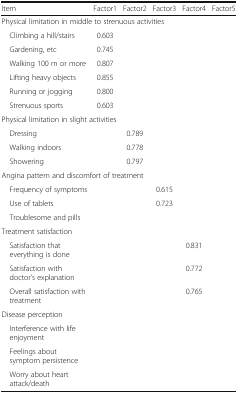
<table><thead><tr><td><b>Item</b></td><td><b>Factor1</b></td><td><b>Factor2</b></td><td><b>Factor3</b></td><td><b>Factor4</b></td><td><b>Factor5</b></td></tr></thead><tbody><tr><td colspan="6">Physical limitation in middle to strenuous activities</td></tr><tr><td> Climbing a hill/stairs</td><td>0.603</td><td>[EMPTY_CELL]</td><td>[EMPTY_CELL]</td><td>[EMPTY_CELL]</td><td>[EMPTY_CELL]</td></tr><tr><td> Gardening, etc</td><td>0.745</td><td>[EMPTY_CELL]</td><td>[EMPTY_CELL]</td><td>[EMPTY_CELL]</td><td>[EMPTY_CELL]</td></tr><tr><td> Walking 100 m or more</td><td>0.807</td><td>[EMPTY_CELL]</td><td>[EMPTY_CELL]</td><td>[EMPTY_CELL]</td><td>[EMPTY_CELL]</td></tr><tr><td> Lifting heavy objects</td><td>0.855</td><td>[EMPTY_CELL]</td><td>[EMPTY_CELL]</td><td>[EMPTY_CELL]</td><td>[EMPTY_CELL]</td></tr><tr><td> Running or jogging</td><td>0.800</td><td>[EMPTY_CELL]</td><td>[EMPTY_CELL]</td><td>[EMPTY_CELL]</td><td>[EMPTY_CELL]</td></tr><tr><td> Strenuous sports</td><td>0.603</td><td>[EMPTY_CELL]</td><td>[EMPTY_CELL]</td><td>[EMPTY_CELL]</td><td>[EMPTY_CELL]</td></tr><tr><td colspan="6">Physical limitation in slight activities</td></tr><tr><td> Dressing</td><td>[EMPTY_CELL]</td><td>0.789</td><td>[EMPTY_CELL]</td><td>[EMPTY_CELL]</td><td>[EMPTY_CELL]</td></tr><tr><td> Walking indoors</td><td>[EMPTY_CELL]</td><td>0.778</td><td>[EMPTY_CELL]</td><td>[EMPTY_CELL]</td><td>[EMPTY_CELL]</td></tr><tr><td> Showering</td><td>[EMPTY_CELL]</td><td>0.797</td><td>[EMPTY_CELL]</td><td>[EMPTY_CELL]</td><td>[EMPTY_CELL]</td></tr><tr><td colspan="6">Angina pattern and discomfort of treatment</td></tr><tr><td> Frequency of symptoms</td><td>[EMPTY_CELL]</td><td>[EMPTY_CELL]</td><td>0.615</td><td>[EMPTY_CELL]</td><td>[EMPTY_CELL]</td></tr><tr><td> Use of tablets</td><td>[EMPTY_CELL]</td><td>[EMPTY_CELL]</td><td>0.723</td><td>[EMPTY_CELL]</td><td>[EMPTY_CELL]</td></tr><tr><td> Troublesome and pills</td><td>[EMPTY_CELL]</td><td>[EMPTY_CELL]</td><td>[EMPTY_CELL]</td><td>[EMPTY_CELL]</td><td>[EMPTY_CELL]</td></tr><tr><td colspan="6">Treatment satisfaction</td></tr><tr><td> Satisfaction that everything is done</td><td>[EMPTY_CELL]</td><td>[EMPTY_CELL]</td><td>[EMPTY_CELL]</td><td>0.831</td><td>[EMPTY_CELL]</td></tr><tr><td> Satisfaction with doctor’s explanation</td><td>[EMPTY_CELL]</td><td>[EMPTY_CELL]</td><td>[EMPTY_CELL]</td><td>0.772</td><td>[EMPTY_CELL]</td></tr><tr><td> Overall satisfaction with treatment</td><td>[EMPTY_CELL]</td><td>[EMPTY_CELL]</td><td>[EMPTY_CELL]</td><td>0.765</td><td>[EMPTY_CELL]</td></tr><tr><td colspan="6">Disease perception</td></tr><tr><td> Interference with life enjoyment</td><td>[EMPTY_CELL]</td><td>[EMPTY_CELL]</td><td>[EMPTY_CELL]</td><td>[EMPTY_CELL]</td><td>[EMPTY_CELL]</td></tr><tr><td> Feelings about symptom persistence</td><td>[EMPTY_CELL]</td><td>[EMPTY_CELL]</td><td>[EMPTY_CELL]</td><td>[EMPTY_CELL]</td><td>[EMPTY_CELL]</td></tr><tr><td> Worry about heart attack/death</td><td>[EMPTY_CELL]</td><td>[EMPTY_CELL]</td><td>[EMPTY_CELL]</td><td>[EMPTY_CELL]</td><td>[EMPTY_CELL]</td></tr></tbody></table>